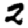
Digit: 2